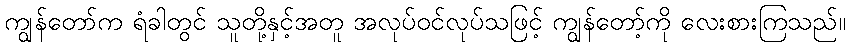
ကျွန်တော်က ရံခါတွင် သူတို့နှင့်အတူ အလုပ်ဝင်လုပ်သဖြင့် ကျွန်တော့်ကို လေးစားကြသည်။